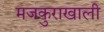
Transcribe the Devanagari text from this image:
मजकुराखाली